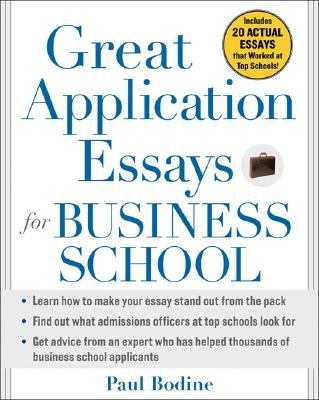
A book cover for Great Application Essays for Business School [GRT APPLICATION ESSAYS FOR BUS]; Paul Bodine; Education & Teaching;